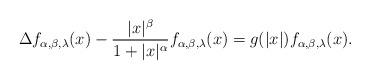
LaTeX: \begin{align*}\Delta f_{\alpha,\beta,\lambda}(x)-\frac{|x|^\beta}{1+|x|^\alpha} f_{\alpha,\beta,\lambda}(x) =g(|x|)f_{\alpha,\beta,\lambda}(x).\end{align*}